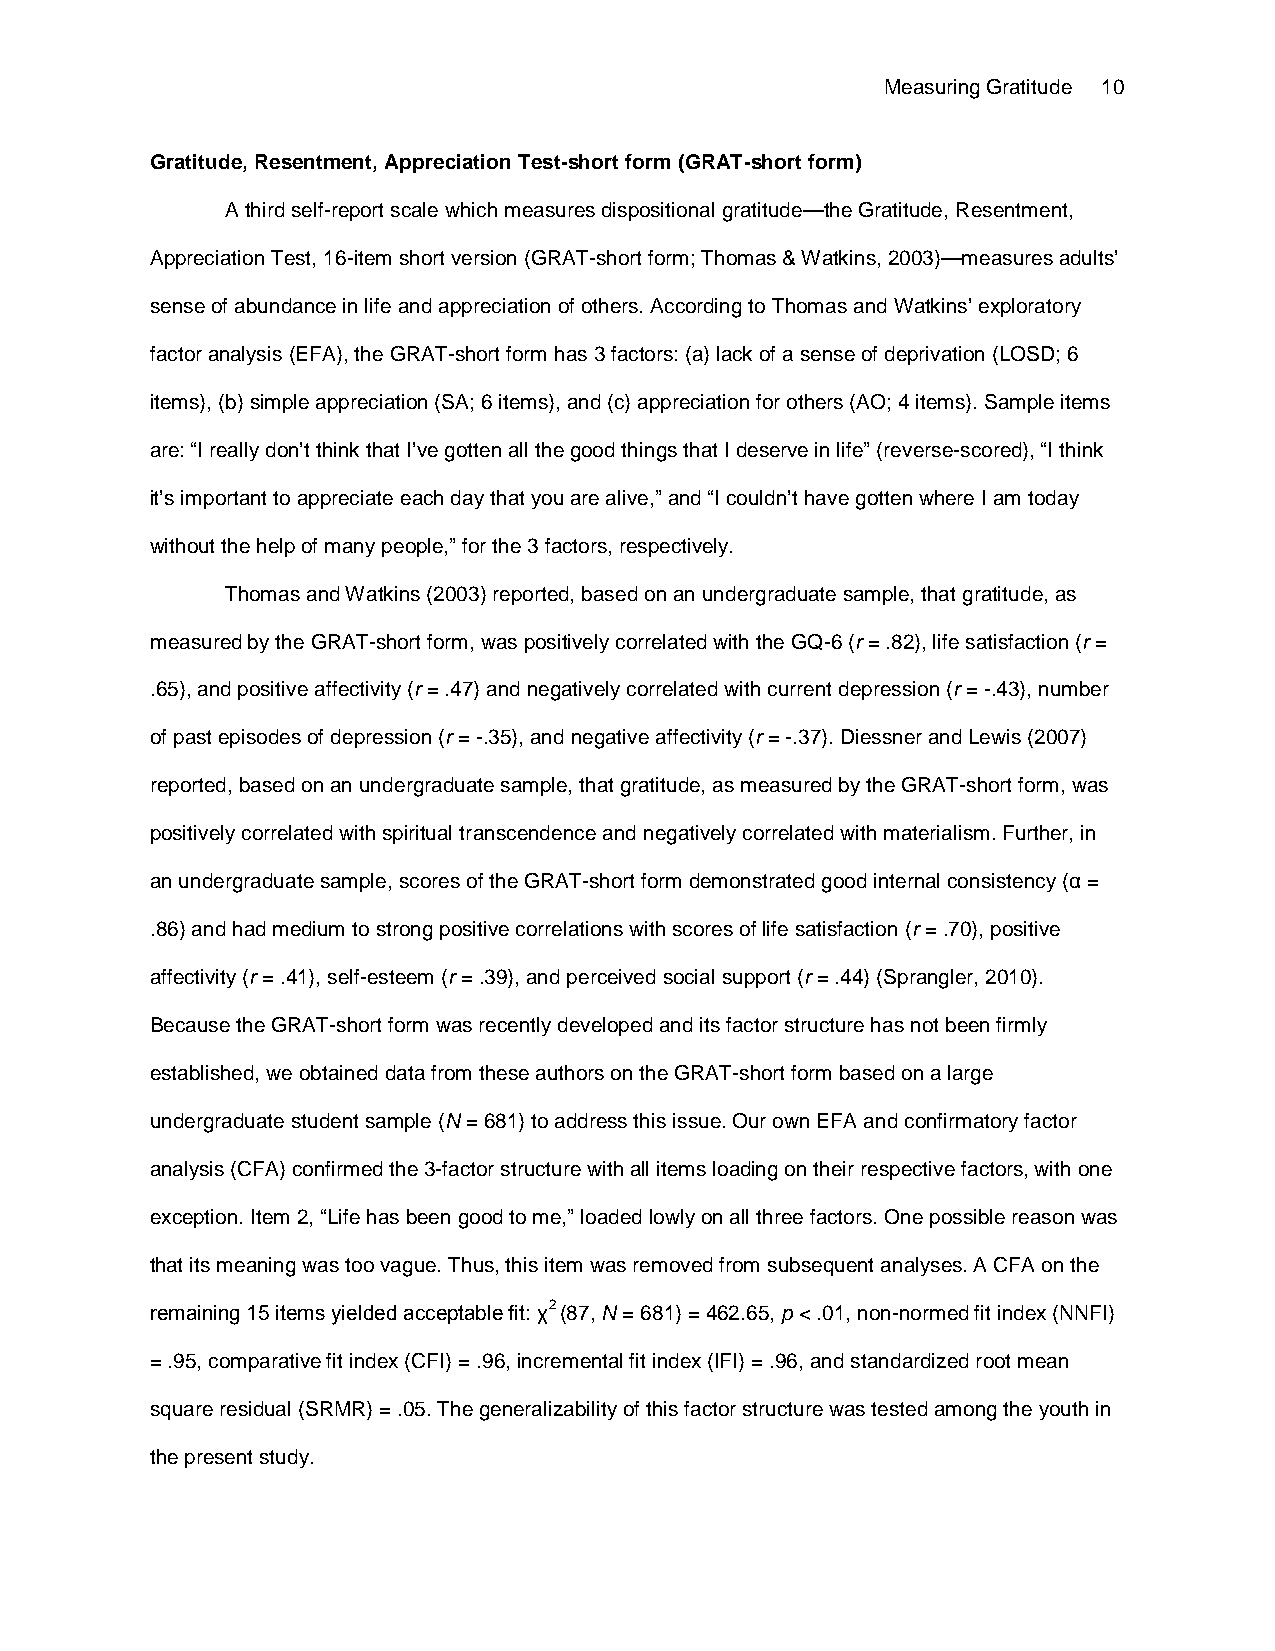
Measuring Gratitude 10
 Gratitude, Resentment, Appreciation Test-short form (GRAT-short form)
 A third self-report scale which measures dispositional gratitude—the Gratitude, Resentment,
 Appreciation Test, 16-item short version (GRAT-short form; Thomas & Watkins, 2003)—measures adults’
 sense of abundance in life and appreciation of others. According to Thomas and Watkins’ exploratory
 factor analysis (EFA), the GRAT-short form has 3 factors: (a) lack of a sense of deprivation (LOSD; 6
 items), (b) simple appreciation (SA; 6 items), and (c) appreciation for others (AO; 4 items). Sample items
 are: “I really don’t think that I’ve gotten all the good things that I deserve in life” (reverse-scored), “I think
 it’s important to appreciate each day that you are alive,” and “I couldn’t have gotten where I am today
 without the help of many people,” for the 3 factors, respectively.
 Thomas and Watkins (2003) reported, based on an undergraduate sample, that gratitude, as
 measured by the GRAT-short form, was positively correlated with the GQ-6 (r = .82), life satisfaction (r =
 .65), and positive affectivity (r = .47) and negatively correlated with current depression (r = -.43), number
 of past episodes of depression (r = -.35), and negative affectivity (r = -.37). Diessner and Lewis (2007)
 reported, based on an undergraduate sample, that gratitude, as measured by the GRAT-short form, was
 positively correlated with spiritual transcendence and negatively correlated with materialism. Further, in
 an undergraduate sample, scores of the GRAT-short form demonstrated good internal consistency (α =
 .86) and had medium to strong positive correlations with scores of life satisfaction (r = .70), positive
 affectivity (r = .41), self-esteem (r = .39), and perceived social support (r = .44) (Sprangler, 2010).
 Because the GRAT-short form was recently developed and its factor structure has not been firmly
 established, we obtained data from these authors on the GRAT-short form based on a large
 undergraduate student sample (N = 681) to address this issue. Our own EFA and confirmatory factor
 analysis (CFA) confirmed the 3-factor structure with all items loading on their respective factors, with one
 exception. Item 2, “Life has been good to me,” loaded lowly on all three factors. One possible reason was
 that its meaning was too vague. Thus, this item was removed from subsequent analyses. A CFA on the
 remaining 15 items yielded acceptable fit: χ2 (87, N = 681) = 462.65, p < .01, non-normed fit index (NNFI)
 = .95, comparative fit index (CFI) = .96, incremental fit index (IFI) = .96, and standardized root mean
 square residual (SRMR) = .05. The generalizability of this factor structure was tested among the youth in
 the present study.